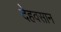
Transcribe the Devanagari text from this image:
देहवसान